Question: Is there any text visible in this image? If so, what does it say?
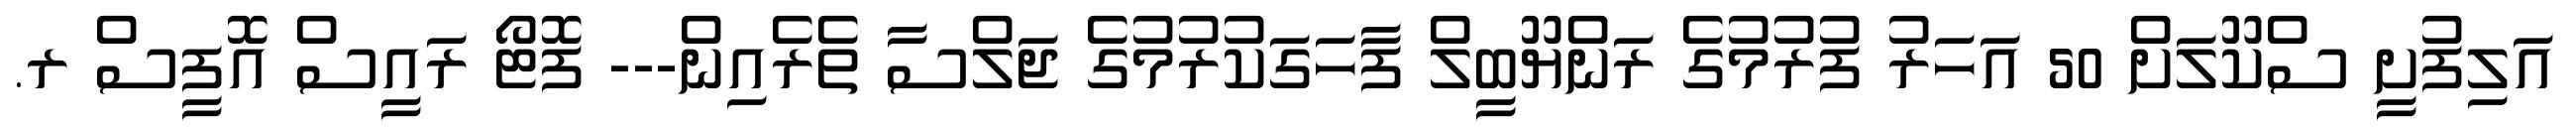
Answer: އަލިފުށީ ސްކޫލަށް 50 އަހަރު ފުރުމުގެ ރަންޔޫބީލް ފާހަގަކުރުމުގެ ޖަލްސާ ތެރެއިން--- ފޮޓޯ ރައީސް އޮފީސް ރ.